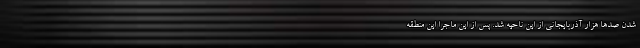
شدن صدها هزار آذربایجانی از این ناحیه شد. پس از این ماجرا این منطقه